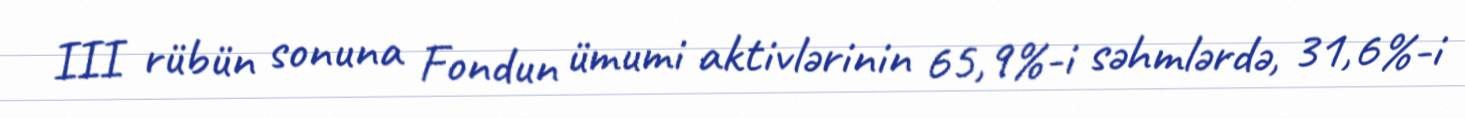
III rübün sonuna Fondun ümumi aktivlərinin 65,9%-i səhmlərdə, 31,6%-i